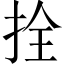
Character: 拴